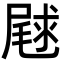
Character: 𫵣